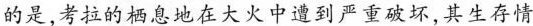
的是，考拉的栖息地在大火中遭到严重破坏，其生存情